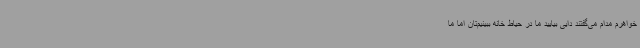
خواهرم مدام می‌گفتند دایی بیایید ما در حیاط خانه ببینیم‌تان اما ما